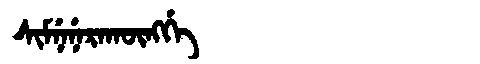
Manchu: ᠰᡳᠮᠨᡝᠨᡝᡵᠠᡴᡡᠩᡤᡝ
Romanization: SIMNENERAKŪNGGE